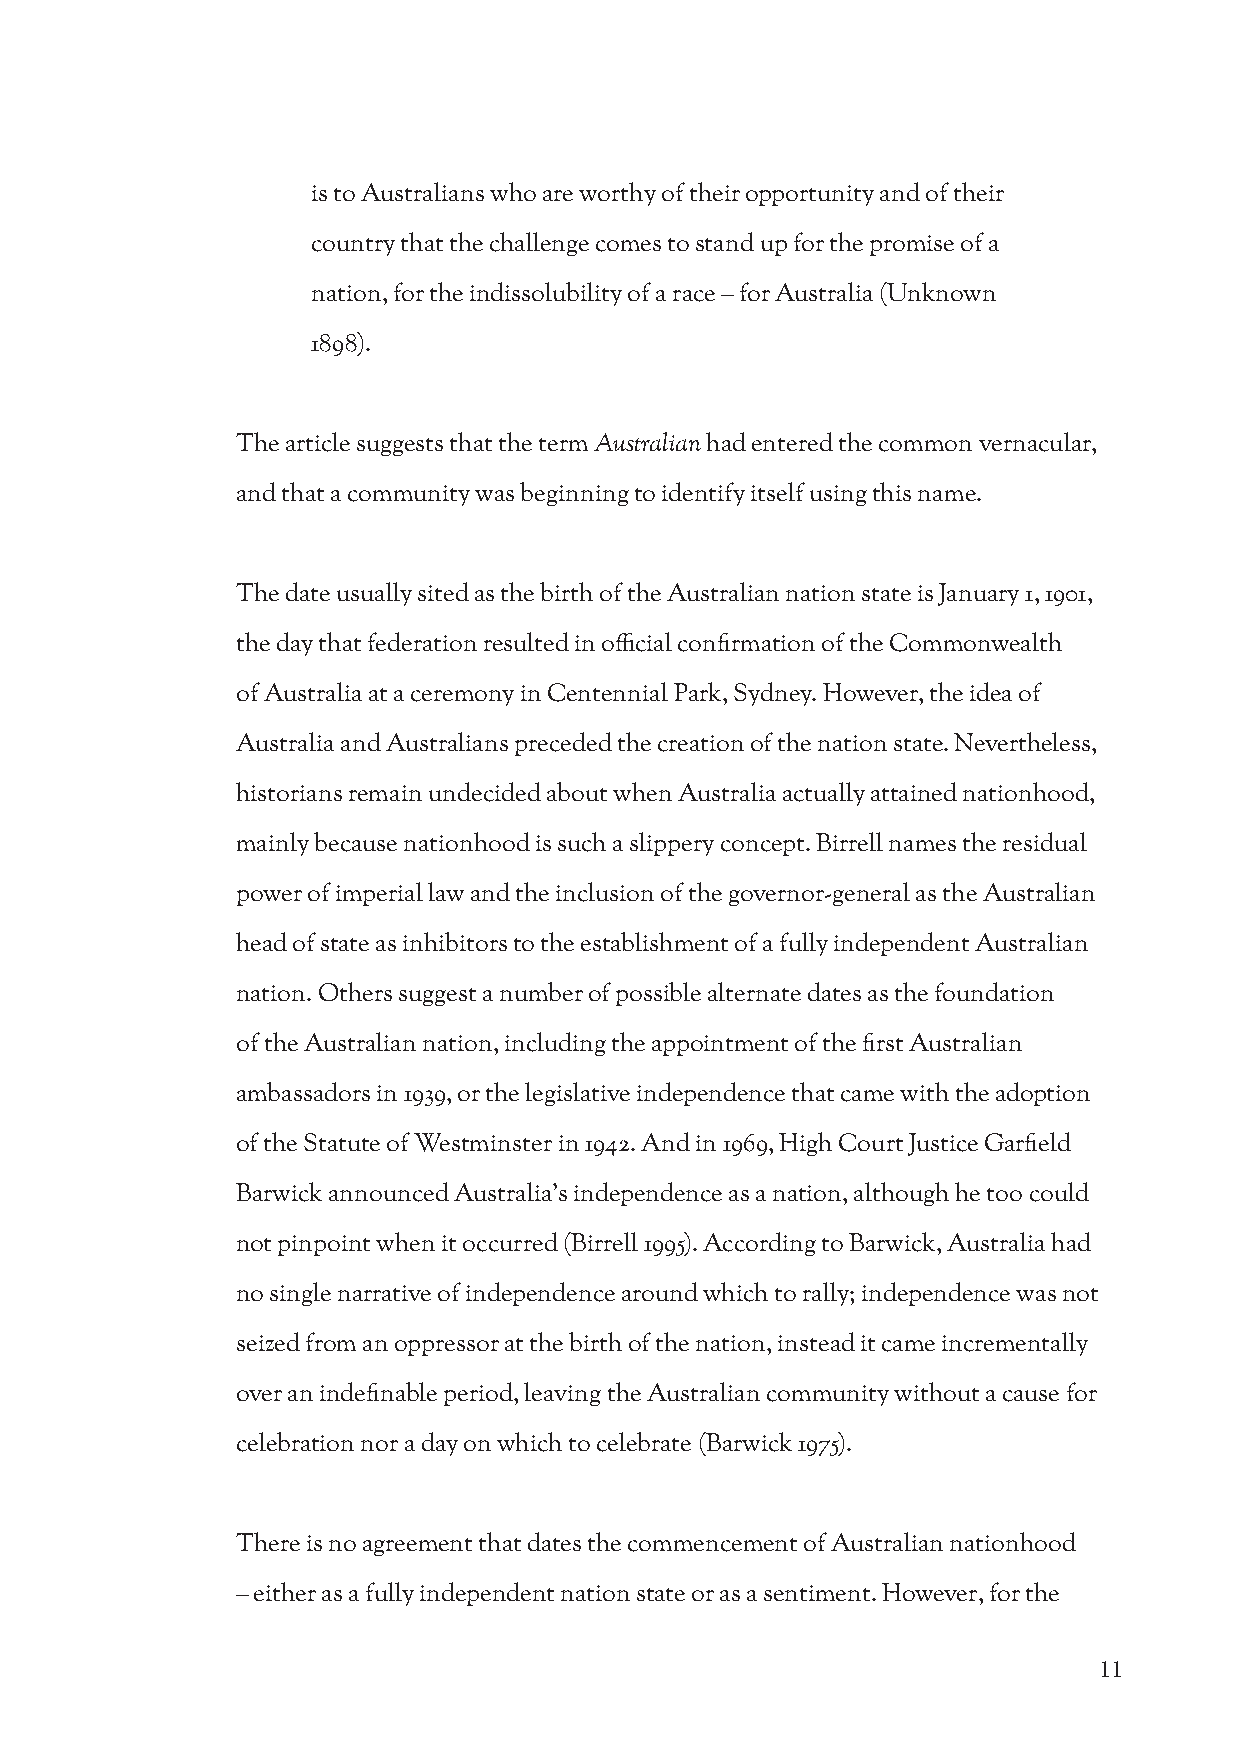
is to Australians who are worthy of their opportunity and of their
 country that the challenge comes to stand up for the promise of a
 nation, for the indissolubility of a race – for Australia (Unknown
 1898).
 The article suggests that the term Australian had entered the common vernacular,
 and that a community was beginning to identify itself using this name.
 The date usually sited as the birth of the Australian nation state is January 1, 1901,
 the day that federation resulted in official confirmation of the Commonwealth
 of Australia at a ceremony in Centennial Park, Sydney. However, the idea of
 Australia and Australians preceded the creation of the nation state. Nevertheless,
 historians remain undecided about when Australia actually attained nationhood,
 mainly because nationhood is such a slippery concept. Birrell names the residual
 power of imperial law and the inclusion of the governor-general as the Australian
 head of state as inhibitors to the establishment of a fully independent Australian
 nation. Others suggest a number of possible alternate dates as the foundation
 of the Australian nation, including the appointment of the first Australian
 ambassadors in 1939, or the legislative independence that came with the adoption
 of the Statute of Westminster in 1942. And in 1969, High Court Justice Garfield
 Barwick announced Australia’s independence as a nation, although he too could
 not pinpoint when it occurred (Birrell 1995). According to Barwick, Australia had
 no single narrative of independence around which to rally; independence was not
 seized from an oppressor at the birth of the nation, instead it came incrementally
 over an indefinable period, leaving the Australian community without a cause for
 celebration nor a day on which to celebrate (Barwick 1975).
 There is no agreement that dates the commencement of Australian nationhood
 – either as a fully independent nation state or as a sentiment. However, for the
 11